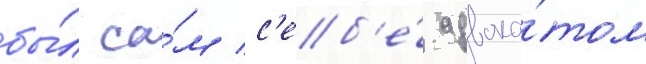
бы́л са́м с'еб'е́ адвока́том